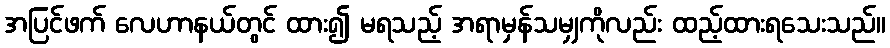
အပြင်ဖက် လေဟာနယ်တွင် ထား၍ မရသည့် အရာမှန်သမျှကိုလည်း ထည့်ထားရသေးသည်။